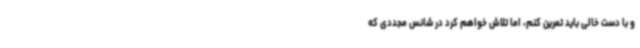
و با دست خالی باید تمرین کنم، اما تلاش خواهم کرد در شانس مجددی که